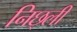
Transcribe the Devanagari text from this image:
निछ्ली